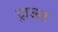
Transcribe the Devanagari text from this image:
ट्राऊट